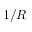
1 / R